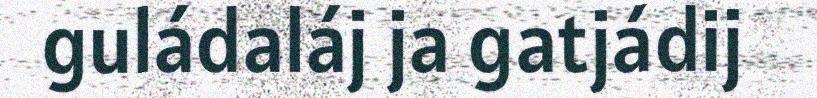
guládaláj ja gatjádij